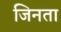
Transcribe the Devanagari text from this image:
जिनता